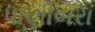
પાણીબરા